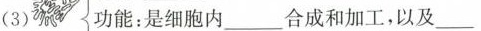
(3) 功能：是细胞内___合成和加工，以及___